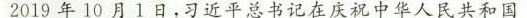
2019年10月1日，习近平总书记在庆祝中华人民共和国